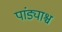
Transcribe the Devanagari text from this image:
पांड्याश्च